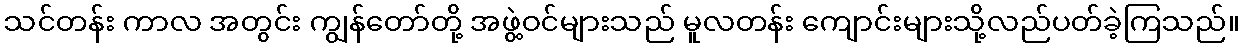
သင်တန်း ကာလ အတွင်း ကျွန်တော်တို့ အဖွဲ့ဝင်များသည် မူလတန်း ကျောင်းများသို့လည်ပတ်ခဲ့ကြသည်။